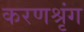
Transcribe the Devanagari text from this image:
करणश्रृंग